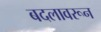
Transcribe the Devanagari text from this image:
बदलावरून